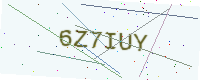
Text: 6Z7IUY